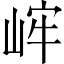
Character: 㟉